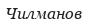
Чилманов